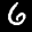
Label: 6